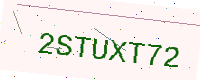
Text: 2STUXT72